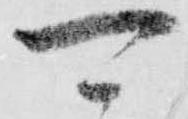
可